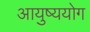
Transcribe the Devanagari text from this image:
आयुष्ययोग